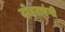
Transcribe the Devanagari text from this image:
दोहराएंगी